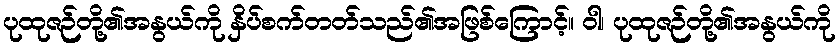
ပုထုဇဉ်တို့၏အနွယ်ကို နှိပ်စက်တတ်သည်၏အဖြစ်ကြောင့်။ ဝါ၊ ပုထုဇဉ်တို့၏အနွယ်ကို